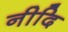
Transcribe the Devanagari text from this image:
नीदि